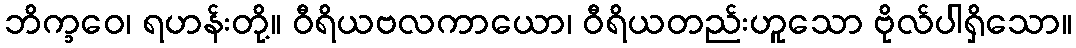
ဘိက္ခဝေ၊ ရဟန်းတို့။ ဝီရိယဗလကာယော၊ ဝီရိယတည်းဟူသော ဗိုလ်ပါရှိသော။